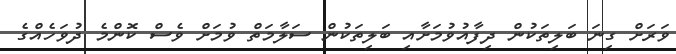
ވަރަށް ގިނަ ބަލިތަކުން ދިފާއުވުމަށާއި ބަލިތަކުން ސަލާމަތް ވުމަށް ވެސް ކޮންމެ ދުވަހެއްގެ